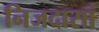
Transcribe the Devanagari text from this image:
निजदासां